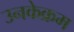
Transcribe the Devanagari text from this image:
उनकेक्रम